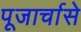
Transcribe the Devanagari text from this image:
पूजार्चासे